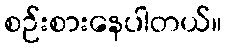
စဉ်းစားနေပါတယ်။